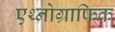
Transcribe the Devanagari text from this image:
एथ्नोग्राफिक